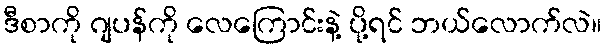
ဒီစာကို ဂျပန်ကို လေကြောင်းနဲ့ ပို့ရင် ဘယ်လောက်လဲ။